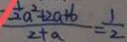
\frac { \frac { 1 } { 2 } a ^ { 2 } + 2 a + 6 } { 2 + a } = \frac { 1 } { 2 }